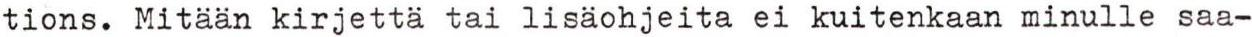
tions. Mitään kirjettä tai lisäohjeita ei kuitenkaan minulle saa-